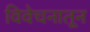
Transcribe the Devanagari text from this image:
विवेचनातून